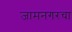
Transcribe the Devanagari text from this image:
जामनगरचा